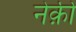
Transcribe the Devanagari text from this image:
नेक़ी